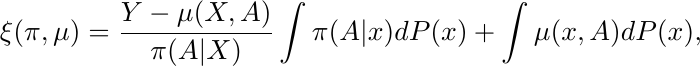
\begin{equation*}
        \xi(\pi,\mu) = \frac{Y-\mu(X,A)}{\pi(A|X)} \int \pi(A|x)dP(x) + \int \mu(x,A)dP(x),
\end{equation*}